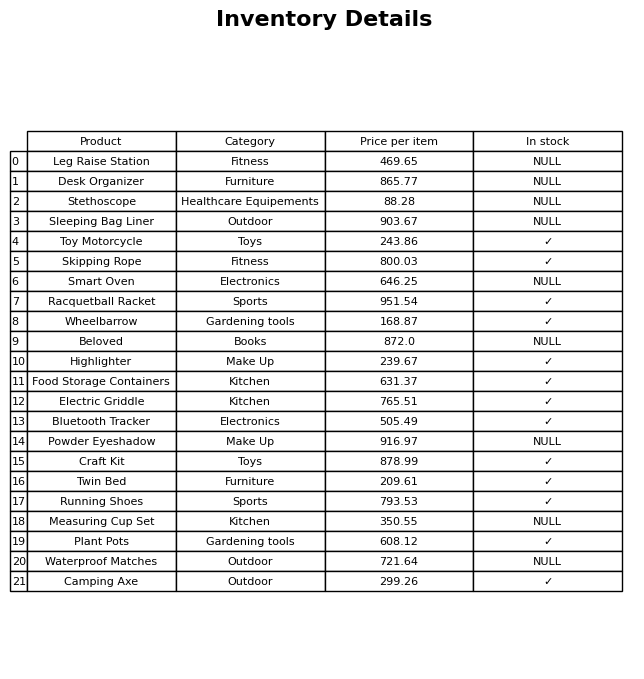
question: Is the Waterproof Matches in stock?
answer: NULL